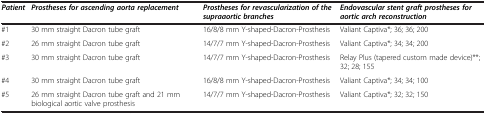
<table><thead><tr><td><b><i>Patient</i></b></td><td><b><i>Prostheses for ascending aorta replacement</i></b></td><td><b><i>Prostheses for revascularization of the supraaortic branches</i></b></td><td><b><i>Endovascular stent graft prostheses for aortic arch reconstruction</i></b></td></tr></thead><tbody><tr><td>#1</td><td>30 mm straight Dacron tube graft</td><td>16/8/8 mm Y-shaped-Dacron-Prosthesis</td><td>Valiant Captiva*; 36; 36; 200</td></tr><tr><td>#2</td><td>26 mm straight Dacron tube graft</td><td>14/7/7 mm Y-shaped-Dacron-Prosthesis</td><td>Valiant Captiva*; 34; 34; 200</td></tr><tr><td>#3</td><td>30 mm straight Dacron tube graft</td><td>14/7/7 mm Y-shaped-Dacron-Prosthesis</td><td>Relay Plus (tapered custom made device)**; 32; 28; 155</td></tr><tr><td>#4</td><td>30 mm straight Dacron tube graft</td><td>16/8/8 mm Y-shaped-Dacron-Prosthesis</td><td>Valiant Captiva*; 34; 34; 100</td></tr><tr><td>#5</td><td>26 mm straight Dacron tube graft and 21 mm biological aortic valve prosthesis</td><td>14/7/7 mm Y-shaped-Dacron-Prosthesis</td><td>Valiant Captiva*; 32; 32; 150</td></tr></tbody></table>